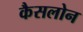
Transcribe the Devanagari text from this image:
कैसलोन